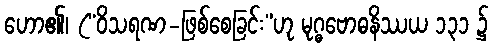
ဟော၏၊ (“ဝိသရဏ-ဖြစ်စေခြင်း”ဟု မုဂ္ဓဗောဓနိဿယ ၁၃၁ ၌